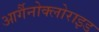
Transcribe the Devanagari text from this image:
आर्गैनोक्लोराइड